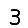
Digit: 3